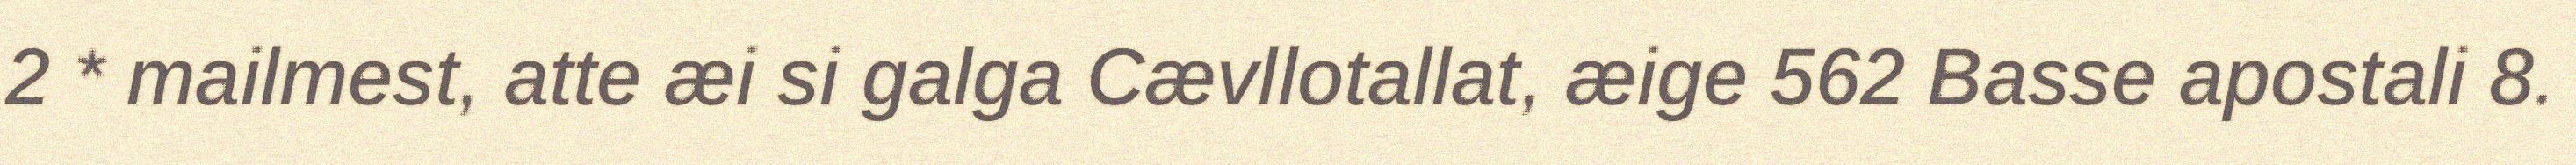
2 * mailmest, atte æi si galga Cævllotallat, æige 562 Basse apostali 8.